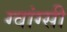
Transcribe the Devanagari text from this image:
ग्वांग्सी